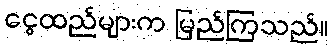
ငွေထည်များက မြည်ကြသည်။